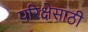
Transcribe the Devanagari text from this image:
परिक्षेसाठी